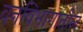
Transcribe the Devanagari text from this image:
वनविभागातील